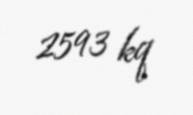
2593 kq